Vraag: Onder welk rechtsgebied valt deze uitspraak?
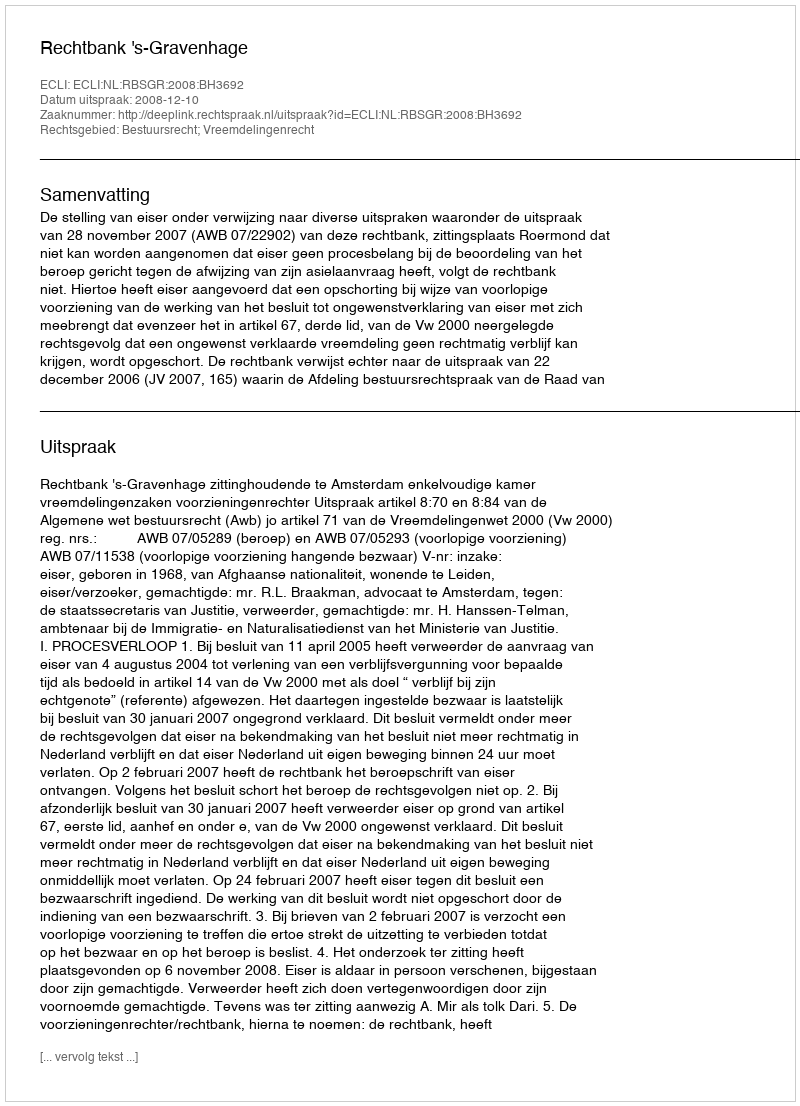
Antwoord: Bestuursrecht; Vreemdelingenrecht